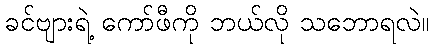
ခင်ဗျားရဲ့ ကော်ဖီကို ဘယ်လို သဘောရလဲ။